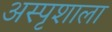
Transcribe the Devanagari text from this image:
अस्पृशाला